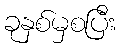
ခုနှစ်မှစပြီး